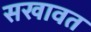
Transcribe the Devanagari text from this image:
सखावत